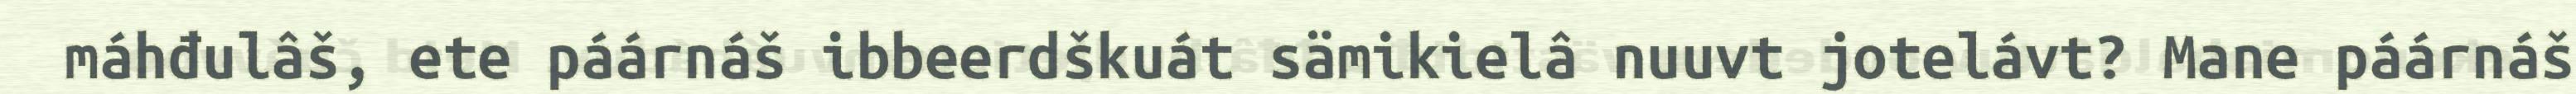
máhđulâš, ete páárnáš ibbeerdškuát sämikielâ nuuvt jotelávt? Mane páárnáš